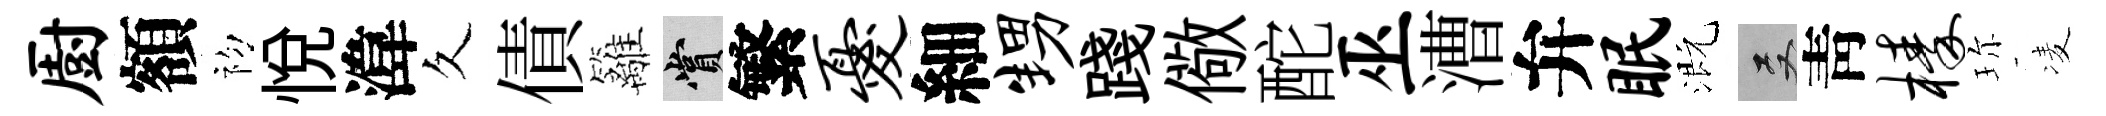
厨額初悅湋久債籬賞繁忧細甥踐儆酡巫漕弁眠溉双靑榛珎凌